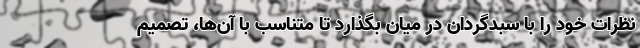
نظرات خود را با سبدگردان در میان بگذارد تا متناسب با آن‌ها، تصمیم